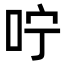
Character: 咛